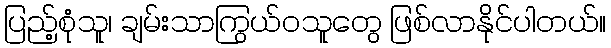
ပြည့်စုံသူ၊ ချမ်းသာကြွယ်ဝသူတွေ ဖြစ်လာနိုင်ပါတယ်။